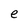
Character: e